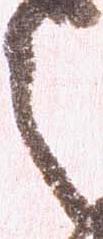
之